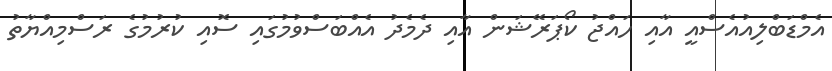
އެމްޑަބްލިއުއެސްއީ އާއި ހައްޖު ކޯޕަރޭޝަން އާއި ދެމެދު އެއްބަސްވުމުގައި ސޮއި ކުރުމުގެ ރަސްމިއްޔާތު